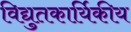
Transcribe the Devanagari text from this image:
विद्युतकार्यिकीय